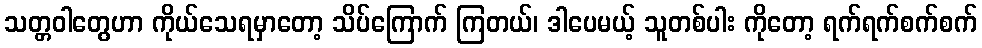
သတ္တဝါတွေဟာ ကိုယ်သေရမှာတော့ သိပ်ကြောက် ကြတယ်၊ ဒါပေမယ့် သူတစ်ပါး ကိုတော့ ရက်ရက်စက်စက်